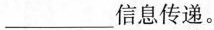
___信息传递。